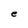
Character: e